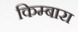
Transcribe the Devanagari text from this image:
किम्बारा